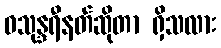
ဝသုန္ဒရီနတ်ဆိုတာ ရှိသလား